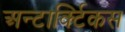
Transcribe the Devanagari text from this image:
अन्टार्क्टिकस